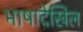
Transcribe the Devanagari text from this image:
भाषादेखिल